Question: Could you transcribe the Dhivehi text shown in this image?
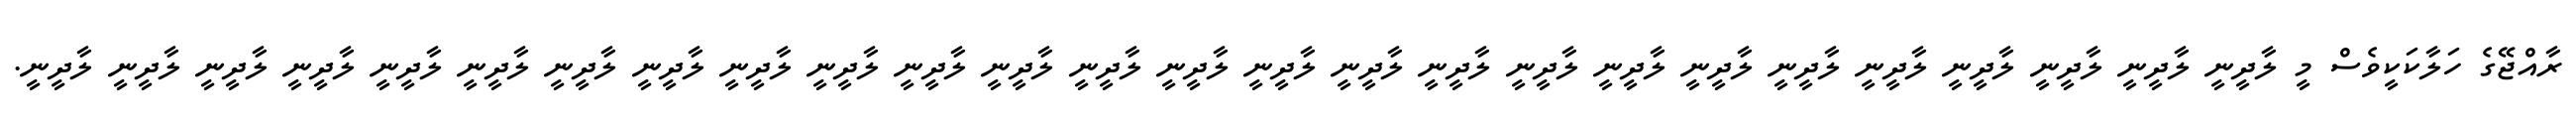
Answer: ރާއްޖޭގެ ހަލާކަކީވެސް މީ ލާދީނީ ލާދީނީ ލާދީނީ ލާދީނީ ލާދީނީ ލާދީނީ ލާދީނީ ލާދީނީ ލާދީނީ ލާދީނީ ލާދީނީ ލާދީނީ ލާދީނީ ލާދީނީ ލާދީނީ ލާދީނީ ލާދީނީ ލާދީނީ ލާދީނީ ލާދީނީ ލާދީނީ ލާދީނީ ލާދީނީ ލާދީނީ ލާދީނީ ލާދީނީ.